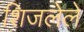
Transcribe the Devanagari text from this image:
शिजलेले